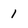
Character: 1